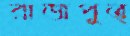
রাজপুত্